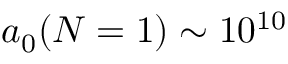
a _ { 0 } ( N = 1 ) \sim 1 0 ^ { 1 0 }